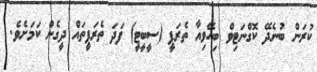
ކުރަން ބުނެދޭ ކޮގްނަޓިވް ބިހޭވިއާ ތެރަޕީ (ސީބީޓީ) ފަދަ ތެރަޕީތައް ދީގެން ކަމަށެވެ.